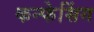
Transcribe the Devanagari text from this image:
कन्फेसिंग